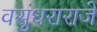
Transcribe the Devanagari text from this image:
वसुंधराराजे